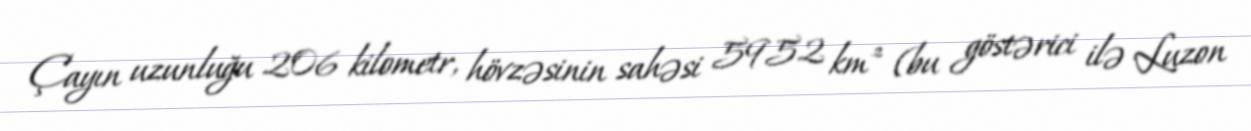
Çayın uzunluğu 206 kilometr, hövzəsinin sahəsi 5952 km² (bu göstərici ilə Luzon